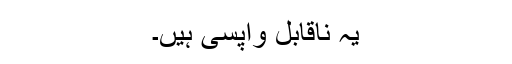
یہ ناقابلِ واپسی ہیں۔